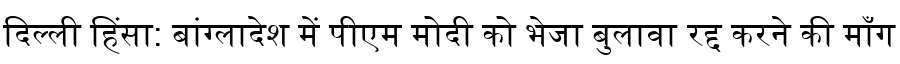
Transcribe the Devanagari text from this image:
दिल्ली हिंसा: बांग्लादेश में पीएम मोदी को भेजा बुलावा रद्द करने की माँग